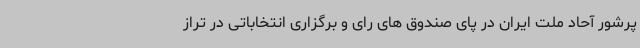
پرشور آحاد ملت ایران در پای صندوق های رای و برگزاری انتخاباتی در تراز